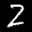
Label: 2